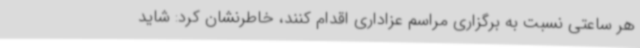
هر ساعتی نسبت به برگزاری مراسم عزاداری اقدام کنند، خاطرنشان کرد: شاید